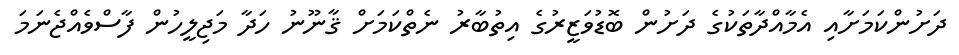
ދަށުންކަމަށާއި އެމާއްދާތަކުގެ ދަށުން ބޮޑުވަޒީރުގެ އިތުބާރު ނެތްކަމަށް ޤާނޫނު ހަދާ މަޖިލީހުން ފާސްވެއްޖެނަމަ